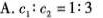
A.$$c_{ 1 } ：c_{ 2 } = 1 : 3$$